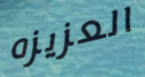
العزيزه